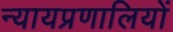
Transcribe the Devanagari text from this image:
न्यायप्रणालियों